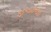
જીઆઈઆઈ